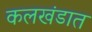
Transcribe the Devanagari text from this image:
कलखंडात